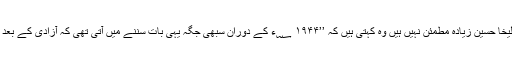
ہندوستان میں اُردو کے اس وقت کے حالات سے زُلیخا حُسین زیادہ مطمئن نہیں ہیں وہ کہتی ہیں کہ ’’۱۹۴۴ ؁ء کے دوران سبھی جگہ یہی بات سننے میں آتی تھی کہ آزادی کے بعد اُردو کو ہندوستان کی قومی زبان قرار دیا جائے گا۔